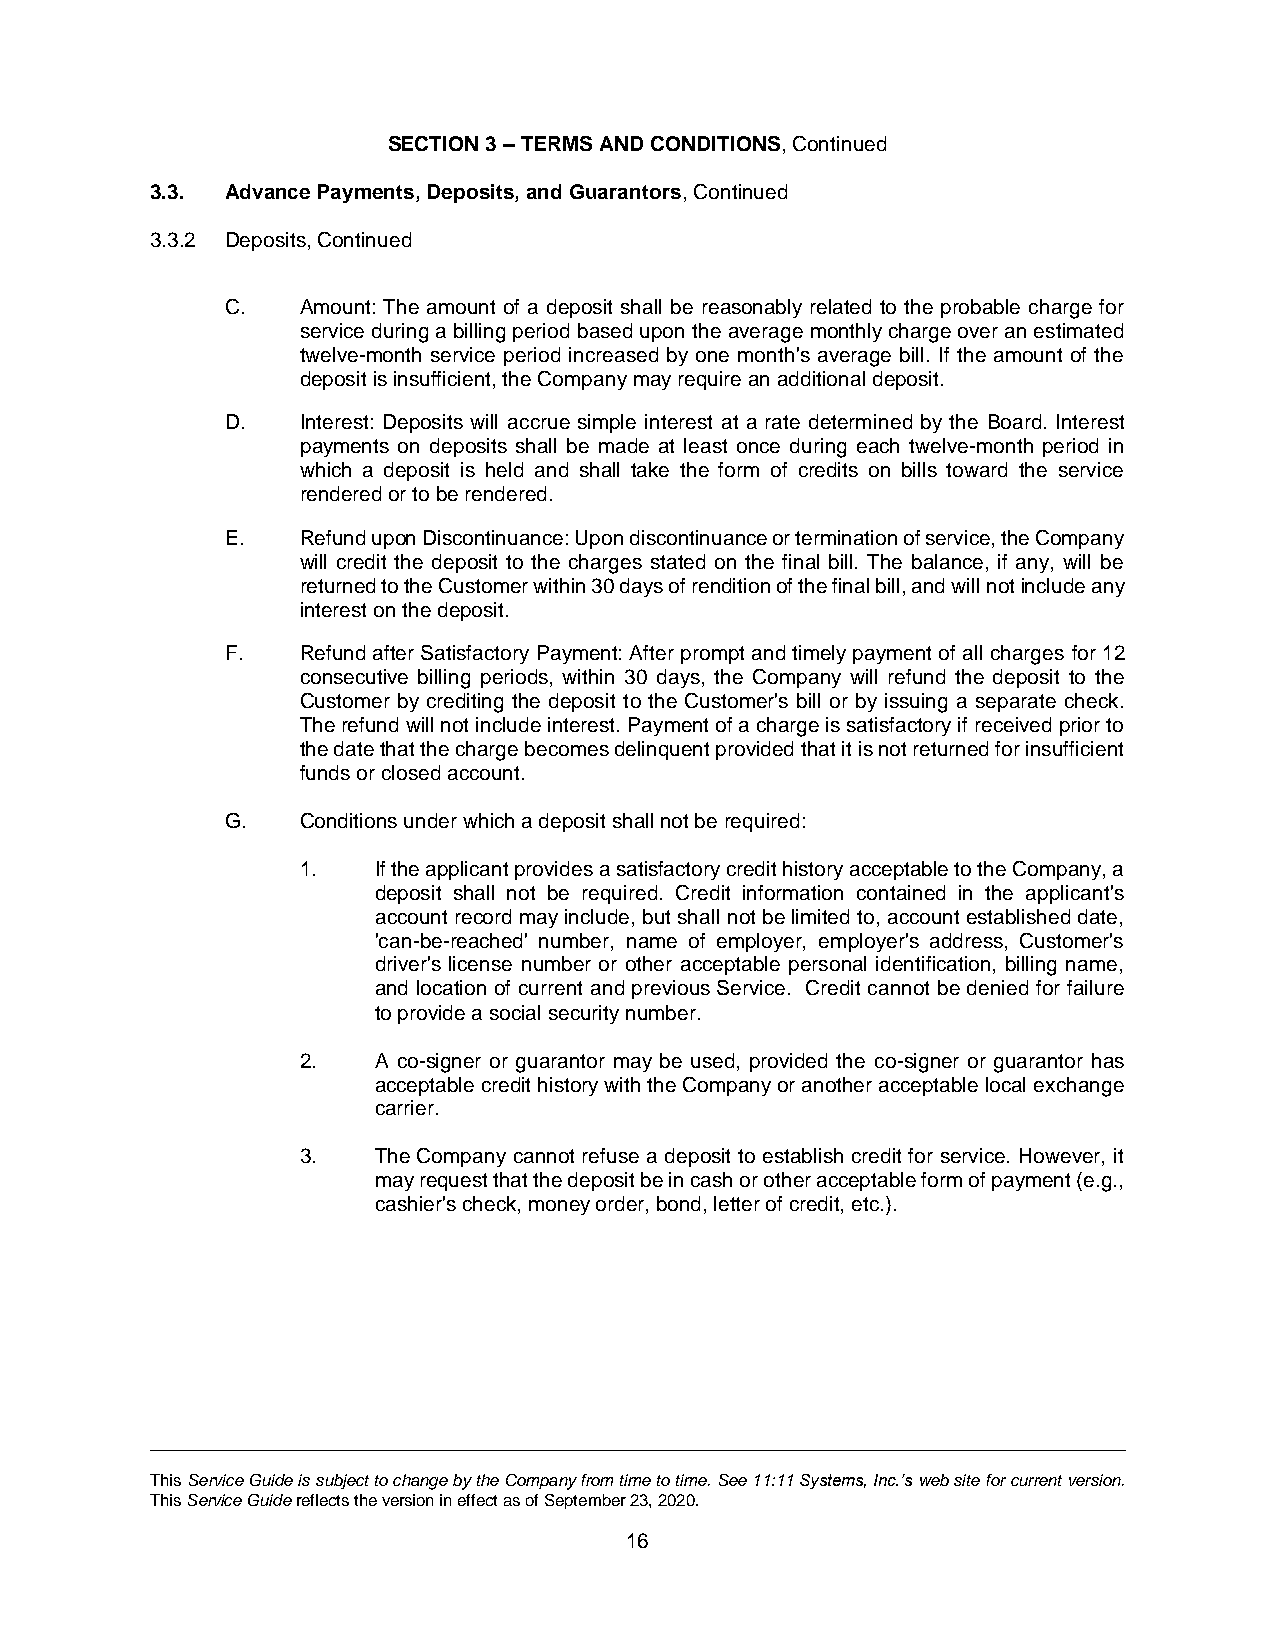
SECTION 3 – TERMS AND CONDITIONS, Continued
 3.3. Advance Payments, Deposits, and Guarantors, Continued
 3.3.2 Deposits, Continued
 C.   Amount: The amount of a deposit shall be reasonably related to the probable charge for
 service during a billing period based upon the average monthly charge over an estimated
 twelve-month service period increased by one month's average bill. If the amount of the
 deposit is insufficient, the Company may require an additional deposit.
 D.   Interest: Deposits will accrue simple interest at a rate determined by the Board. Interest
 payments on deposits shall be made at least once during each twelve-month period in
 which a deposit is held and shall take the form of credits on bills toward the service
 rendered or to be rendered.
 E.   Refund upon Discontinuance: Upon discontinuance or termination of service, the Company
 will credit the deposit to the charges stated on the final bill. The balance, if any, will be
 returned to the Customer within 30 days of rendition of the final bill, and will not include any
 interest on the deposit.
 F.   Refund after Satisfactory Payment: After prompt and timely payment of all charges for 12
 consecutive billing periods, within 30 days, the Company will refund the deposit to the
 Customer by crediting the deposit to the Customer's bill or by issuing a separate check.
 The refund will not include interest. Payment of a charge is satisfactory if received prior to
 the date that the charge becomes delinquent provided that it is not returned for insufficient
 funds or closed account.
 G.   Conditions under which a deposit shall not be required:
 1.   If the applicant provides a satisfactory credit history acceptable to the Company, a
 deposit shall not be required. Credit information contained in the applicant's
 account record may include, but shall not be limited to, account established date,
 'can-be-reached' number, name of employer, employer's address, Customer's
 driver's license number or other acceptable personal identification, billing name,
 and location of current and previous Service. Credit cannot be denied for failure
 to provide a social security number.
 2.   A co-signer or guarantor may be used, provided the co-signer or guarantor has
 acceptable credit history with the Company or another acceptable local exchange
 carrier.
 3.   The Company cannot refuse a deposit to establish credit for service. However, it
 may request that the deposit be in cash or other acceptable form of payment (e.g.,
 cashier's check, money order, bond, letter of credit, etc.).
 This Service Guide is subject to change by the Company from time to time. See 11:11 Systems, Inc.’s web site for current version.
 This Service Guide reflects the version in effect as of September 23, 2020.
 16